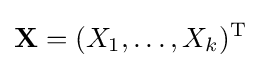
\mathbf {X} =(X_{1},\ldots ,X_{k})^{\mathrm {T} }